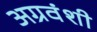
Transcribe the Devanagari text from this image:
अग्रवंशी